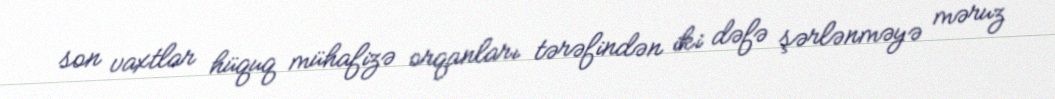
son vaxtlar hüquq mühafizə orqanları tərəfindən iki dəfə şərlənməyə məruz